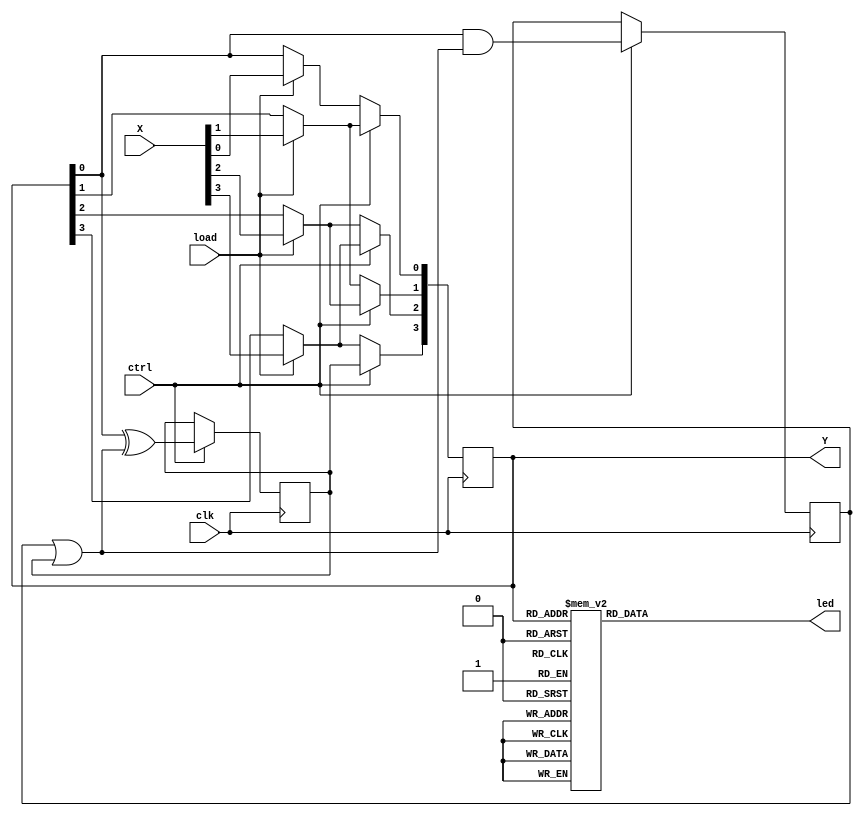
`timescale 1ns / 1ps
//////////////////////////////////////////////////////////////////////////////////
// Company: 
// Engineer: 
// 
// Design Name: 
// Module Name: moore_2s_compliment
// Project Name: 
// Target Devices: 
// Tool Versions: 
// Description: 
// 
// Dependencies: 
// 
// Revision:
// Revision 0.01 - File Created
// Additional Comments:
// 
//////////////////////////////////////////////////////////////////////////////////


module moore_2s_compliment(X,load,ctrl,clk,Y,led);
input [3:0]X;
input load,ctrl,clk;
output reg [3:0] Y;
output reg [6:0] led;
wire D1,D2;
reg A=0,B=0;

always @(posedge clk)
begin
    if(load)
    begin
        Y[0]=X[0];
        Y[1]=X[1];
        Y[2]=X[2];
        Y[3]=X[3];
    end
    
    if(ctrl)
    begin
        A<=D1;
        B<=D2;
        Y[0]<=Y[1];
        Y[1]<=Y[2];
        Y[2]<=Y[3];
        Y[3]<=B;
    end
end

always @(Y)
begin
    case(Y)
        0: led=7'b0000001;
        1: led=7'b1001111;
        2: led=7'b0010010;
        3: led=7'b0000110;
        4: led=7'b1001100;
        5: led=7'b0100100;
        6: led=7'b0100000;
        7: led=7'b0001111;
        8: led=7'b0000000;
        9: led=7'b0000100;
        10: led=7'b0001000;
        11: led=7'b1100000;
        12: led=7'b0110001;
        13: led=7'b1000010;
        14: led=7'b0110000;
        15: led=7'b0111000;
        default: led=7'b0000001;
    endcase
end

assign D1=Y[0] & (A | B);
assign D2=Y[0] ^ (A | B);
endmodule